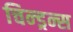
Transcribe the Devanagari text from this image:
चिन्ड्रन्स